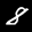
Label: 8